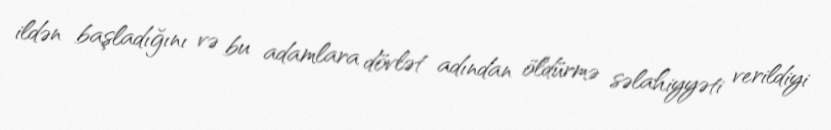
ildən başladığını və bu adamlara dövlət adından öldürmə səlahiyyəti verildiyi